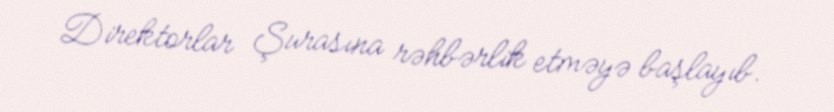
Direktorlar Şurasına rəhbərlik etməyə başlayıb.